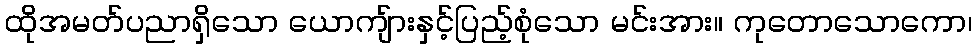
ထိုအမတ်ပညာရှိသော ယောကျ်ားနှင့်ပြည့်စုံသော မင်းအား။ ကုတောသောကော၊